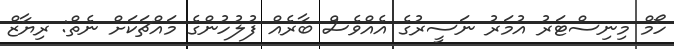
ހޯމް މިނިސްޓަރު އުމަރު ނަސީރުގެ އެއްވެސް ބާރެއް ފުލުހުންގެ މައްޗަކަށް ނެތް: ރިޔާޒް